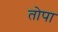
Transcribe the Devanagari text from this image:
तोपा